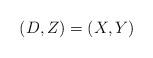
LaTeX: \begin{align*}(D,Z)=(X,Y)\end{align*}